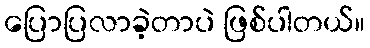
ပြောပြလာခဲ့တာပဲ ဖြစ်ပါတယ်။